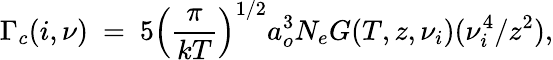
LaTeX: \Gamma_{c}(i,\nu)\ =\ 5\left(\frac{\pi}{kT}\right)^{1/2}a_{o}^{3}N_{e}G(T,z,\nu_{i})(\nu_{i}^{4}/z^{2}),